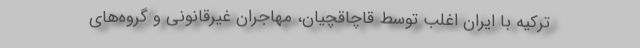
ترکیه با ایران اغلب توسط قاچاقچیان، مهاجران غیرقانونی و گروه‌های